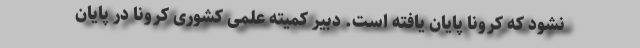
نشود که کرونا پایان یافته است. دبیر کمیته علمی کشوری کرونا در پایان